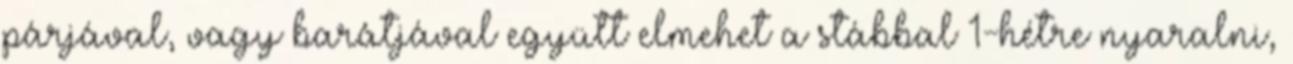
párjával, vagy barátjával együtt elmehet a stábbal 1-hétre nyaralni,